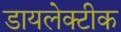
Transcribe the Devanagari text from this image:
डायलेक्टीक